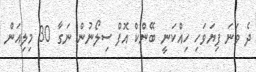
ދެ ވަނަ ފިޔަވަހި ހިއްކަނީ ބޭންކް އޮފް ސިލޯނުން ނަގާ 30 މިލިއަން